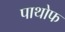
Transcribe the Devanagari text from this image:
पाथोफ